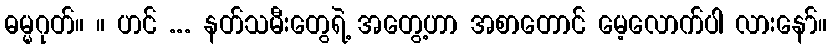
ဓမ္မဂုတ်။ ။ ဟင် ... နတ်သမီးတွေရဲ့ အတွေ့ဟာ အစာတောင် မေ့လောက်ပါ လားနော်။